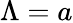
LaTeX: \Lambda=a